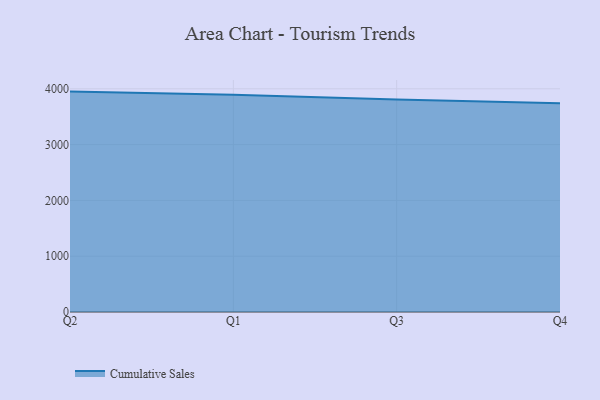
{"axis": {"x": "Quarter", "y": "Waste Production (Tons)"}, "legend": ["Cumulative Sales"], "data": [{"x": "Q2", "y": 3950.0, "type": "Cumulative Sales"}, {"x": "Q1", "y": 3892.5, "type": "Cumulative Sales"}, {"x": "Q3", "y": 3806.8, "type": "Cumulative Sales"}, {"x": "Q4", "y": 3740.7, "type": "Cumulative Sales"}]}